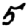
Digit: 5